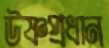
উষ্ণপ্রধান